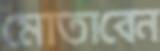
মোতাবেন